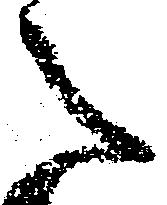
之